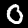
Digit: 0